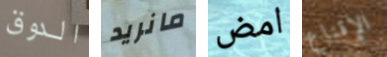
الدوق مانريد امض الإقناع